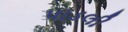
પાડલી